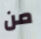
من